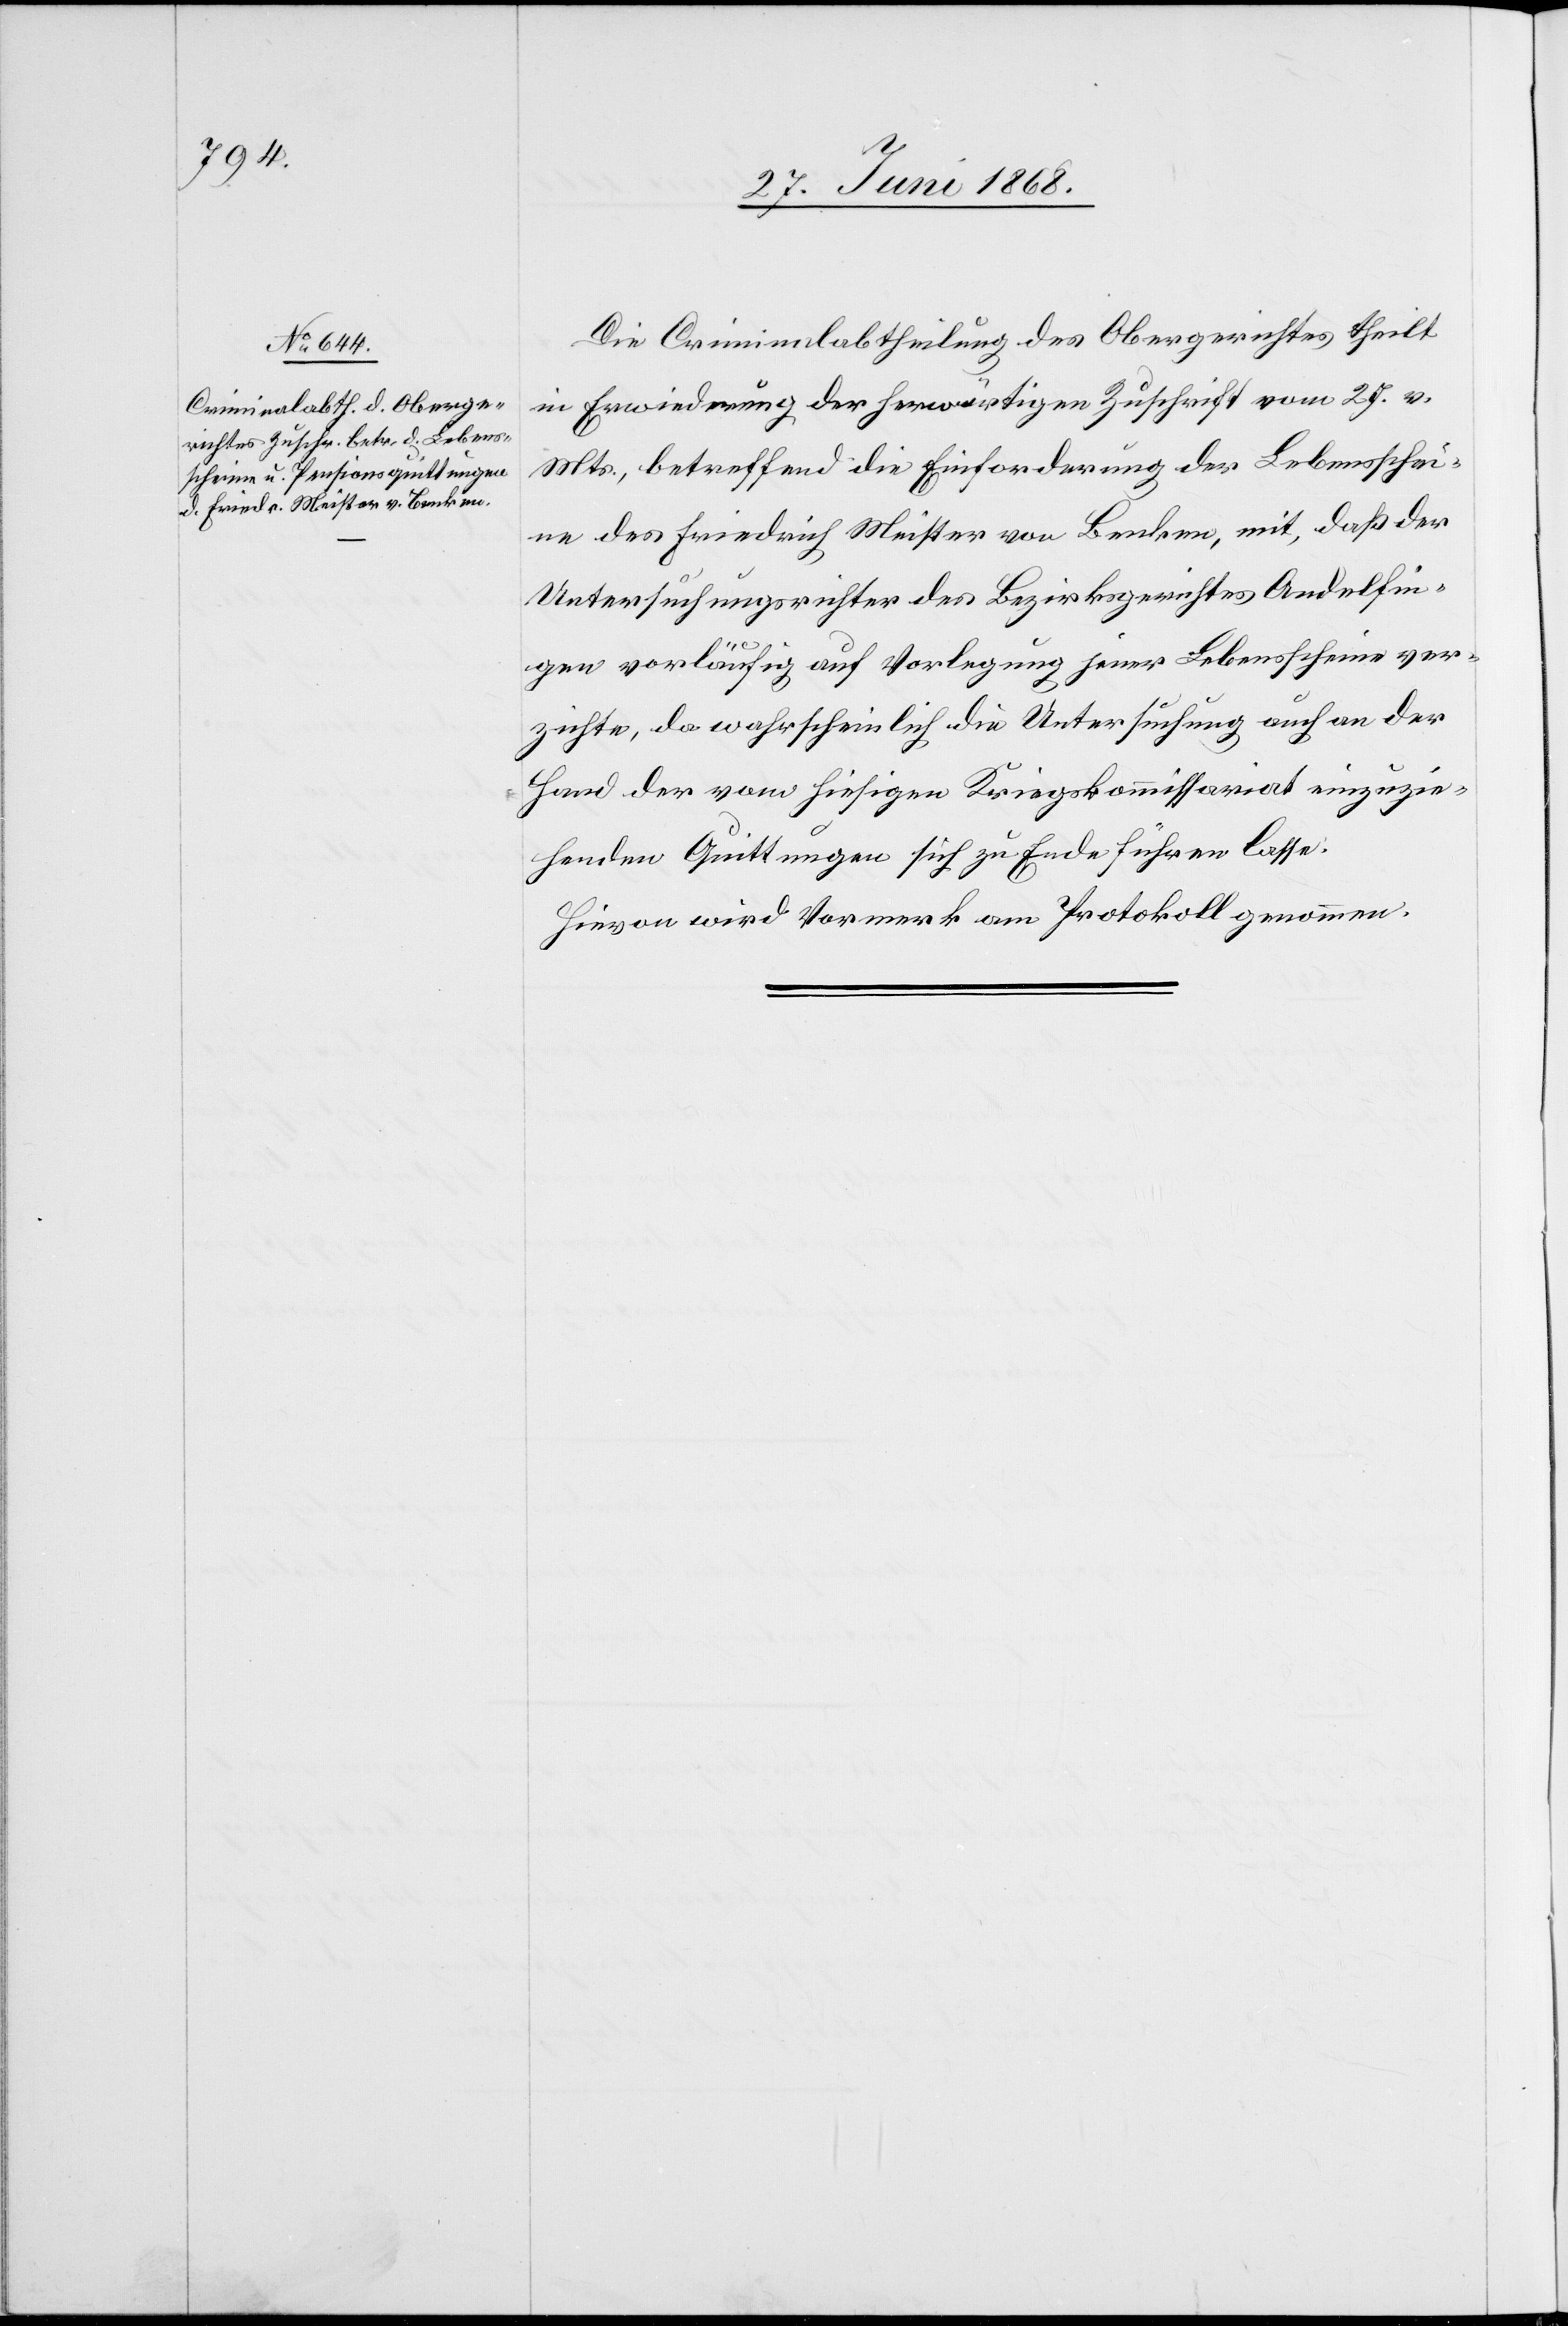
3. Juli 1868.]
Die Criminalabtheilung des Obergerichtes theilt
in Erwiederung der herwärtigen Zuschrift vom 27. v.
Mts., betreffend die Einforderung der Lebensschei¬
ne des Friedrich Meister von Benken, mit, daß der
Untersuchungsrichter des Bezirksgerichtes Andelfin¬
gen vorläufig auf Vorlegung jener Lebensscheine ver¬
zichte, da wahrscheinlich die Untersuchung auch an der
Hand der vom hiesigen Kriegskommissariat einzuzie¬
henden Quittungen sich zu Ende führen lasse.
Hievon wird Vormerk am Protokoll genommen.